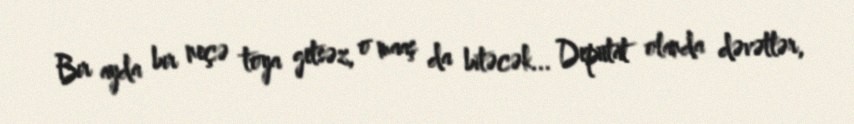
Bir ayda bir neçə toya getsəz, o maaş da bitəcək... Deputat olanda dəvətlər,